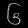
Digit: ၆